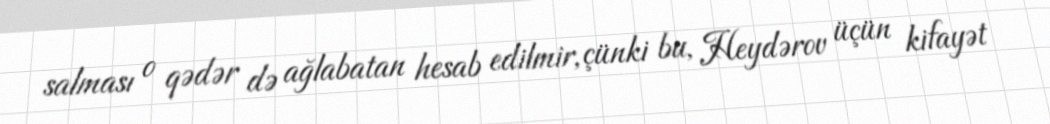
salması o qədər də ağlabatan hesab edilmir, çünki bu, Heydərov üçün kifayət